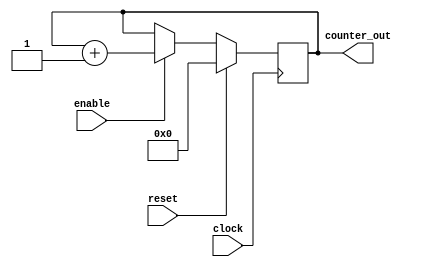
`timescale 1ns / 1ps
//////////////////////////////////////////////////////////////////////////////////
// Company: FDIBA @ TU Sofia
// 
// Design Name: 
// Module Name:    simple_counter 
// Project Name: 
// Target Devices: 
// Tool versions: 
// Description: 
//
// Dependencies: 
//
// Revision: 
// Revision 0.01 - File Created
// Additional Comments: 
//
//////////////////////////////////////////////////////////////////////////////////
module simple_counter(
		clock , // Clock input of the design
		reset , // active high, synch. reset input
		enable , // active high, enable signal for counter
		counter_out // 7-bit vector output of the design
    );
	
	//-------- Input ports --------
	input clock ;
	input reset ;
	input enable ;

	//-------- Output ports -------
	output [7:0] counter_out ;
	
	//-------- Input ports Data Type --------
	// By rule all the input ports should be wires   
	wire clock ;
	wire reset ;
	wire enable ;

	//-------- Output ports Data Type --------
	reg [7:0] counter_out ;

	// Code Starts here
	always @ (posedge clock)
	begin : COUNTER // block name is 'COUNTER'
		// At every rising edge we check if reset is active
		// If active, we load the counter output with 4'b0000
		if ( reset == 1'b1 ) begin
			counter_out <= 8'b00000000;
		end
		else if ( enable == 1'b1 ) begin
			counter_out <= counter_out + 1;
		end
	end
endmodule